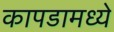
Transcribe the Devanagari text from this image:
कापडामध्ये